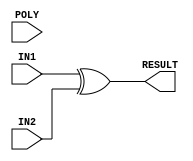
module GF2k
#( parameter DEG = 2 , parameter OP = 0)
(
input  [DEG:0]   POLY,
input  [DEG-1:0] IN1,
input  [DEG-1:0] IN2,
output [DEG-1:0] RESULT
);

    generate
        if(OP==0 || OP==1)begin
            assign RESULT=IN1^IN2;
        end
        else if(OP==2)begin
            GF2k_mult #(DEG) M1(.POLY(POLY),.IN1(IN1),.IN2(IN2),.RESULT(RESULT));
        end
        else if(OP==3)begin
            GF2k_div #(DEG) D1(.POLY(POLY),.IN1(IN1),.IN2(IN2),.RESULT(RESULT));
        end
        
    endgenerate

endmodule





//----------Multiplier Modules------------
module GF2k_mult
#( parameter DEG = 2)
(
input  [DEG:0]   POLY,
input  [DEG-1:0] IN1,
input  [DEG-1:0] IN2,
output [DEG-1:0] RESULT
);



    genvar i;
    generate
        if(DEG==2)begin
            wire [2:0]temp_1;
            wire [2:0]temp_2;
            wire [2:0]temp_3;

            assign temp_1 = (IN2[0]==1) ? {1'b0,IN1} : 0;
            assign temp_2 = (IN2[1]==1) ? {IN1,1'b0} : 0;
            assign temp_3 = temp_1 ^ temp_2 ;

            assign RESULT = (temp_3[2]==1) ? (temp_3[1:0] ^ POLY[1:0]) : temp_3[1:0];
        end
        else begin
            GF2k_mult_small #(DEG) small_mult ( .POLY(POLY), .IN1(IN1), .IN2(IN2), .RESULT(RESULT) );
        end

    endgenerate

endmodule

module GF2k_mult_small
#( parameter DEG = 2)
(
input  [DEG:0]   POLY,
input  [DEG-1:0] IN1,
input  [DEG-1:0] IN2,
output [DEG-1:0] RESULT
);
genvar i;
    generate
        wire [2*DEG-2:0] temp_3;//to store the result of galois multipition.
        for(i=0;i<DEG;i=i+1)begin:loop_A
            
            wire [DEG-1+i:0]temp_1;//to store IN1<<i
            wire [DEG-1+i:0]temp_2;//to store the temparary galois sum during the computation of galois multipition. 
            if(i==0) begin
                assign temp_2 = (IN2[i]==1) ? IN1 : 0 ;
            end
            else begin
                assign temp_1=(IN1<<i);
                assign temp_2 = (IN2[i]==1) ? {1'b0,loop_A[i-1].temp_2}^temp_1 : {1'b0,loop_A[i-1].temp_2} ;
                
                if(i==DEG-1)begin
                    assign temp_3=temp_2;
                end
            end
        end
        for(i=0;i<DEG-1;i=i+1)begin:loop_B
            wire [2*DEG-3-i:0] temp_4;
            wire [2*DEG-3-i:0] temp_5;
            if(i==0)begin
                assign temp_4 = POLY[DEG-1:0] << (DEG-2) ;//size:2D-2
                assign temp_5 = ( temp_3[2*DEG-2]==1) ? temp_4^temp_3[2*DEG-3:0] : temp_3[2*DEG-3:0];
            end
            else begin
                assign temp_4 = loop_B[i-1].temp_4 >> 1 ;//size:2D-2
                assign temp_5 = ( loop_B[i-1].temp_5[2*DEG-2-i] == 1 ) ? temp_4^loop_B[i-1].temp_5[2*DEG-3-i:0] : loop_B[i-1].temp_5[2*DEG-3-i:0];
                if(i==DEG-2) assign RESULT = temp_5;
            end
        end

    endgenerate

endmodule
//======================================================



//----------Divider Modules------------
module GF2k_div
#( parameter DEG = 2)
(
input  [DEG:0]   POLY,
input  [DEG-1:0] IN1,
input  [DEG-1:0] IN2,
output [DEG-1:0] RESULT
);

wire  [DEG-1:0] DR;
wire  [DEG-1:0] rr;

    generate
        assign RESULT = (IN2==1) ? IN1 : rr ;
        
        GF2k_inv #(DEG) inv(.POLY(POLY),.IN(IN2),.RESULT(DR));
        GF2k_mult #(DEG) mul(.POLY(POLY),.IN1(IN1),.IN2(DR),.RESULT(rr));
        
    endgenerate

endmodule


module GF2k_inv
#(parameter DEG = 2)
(
input  [DEG:0]   POLY,
input  [DEG-1:0] IN,
output [DEG-1:0] RESULT
);

    genvar i;
    generate
        if(DEG==2)begin
            //wire [DEG-1:0]Q1;
            wire [DEG-1:0]R1;
            wire [DEG-1:0]MQ1;
            wire [DEG-1:0]mql_1;
            GF2k_inv_first #(DEG) D1 ( .DN(POLY) , .DR(IN) , .R(R1) , .MQ_out(MQ1) , .mql_out(mql_1) );
            assign RESULT = MQ1;
        end
        if(DEG==3)begin
            //wire [DEG-1:0]Q1;
            wire [DEG-1:0]R1;
            wire [DEG-1:0]MQ1;
            wire [DEG-1:0]mql_1;

            //wire [DEG-1:0]Q2;
            wire [DEG-1:0]R2;
            wire [DEG-1:0]MQ2;
            wire [DEG-1:0]mql_2;
            
            GF2k_inv_first #(DEG) D1 ( .DN(POLY) , .DR(IN) , .R(R1) , .MQ_out(MQ1) , .mql_out(mql_1) );
            GF2k_inv_small #(DEG) D2 ( .mql_in(MQ1) , .mqh_in(mql_1) , .DN(IN) , .DR(R1), .R(R2) , .MQ_out(MQ2) , .mql_out(mql_2) );
            
            assign RESULT = ( R1==1 ) ? MQ1 : MQ2 ;
        end
        else if(DEG==4)begin
            //wire [DEG-1:0]Q1;
            wire [DEG-1:0]R1;
            wire [DEG-1:0]MQ1;
            wire [DEG-1:0]mql_1;

            //wire [DEG-1:0]Q2;
            wire [DEG-1:0]R2;
            wire [DEG-1:0]MQ2;
            wire [DEG-1:0]mql_2;

            //wire [DEG-1:0]Q3;
            wire [DEG-1:0]R3;
            wire [DEG-1:0]MQ3;
            wire [DEG-1:0]mql_3;
            
            GF2k_inv_first #(DEG) D1 ( .DN(POLY) , .DR(IN) , .R(R1) , .MQ_out(MQ1) , .mql_out(mql_1) );
            GF2k_inv_small #(DEG) D2 ( .mql_in(MQ1) , .mqh_in(mql_1) , .DN(IN) , .DR(R1), .R(R2) , .MQ_out(MQ2) , .mql_out(mql_2) );
            GF2k_inv_small #(DEG) D3 ( .mql_in(MQ2) , .mqh_in(mql_2) , .DN(R1) , .DR(R2), .R(R3) , .MQ_out(MQ3) , .mql_out(mql_3) );

            assign RESULT = ( R1==1 ) ? MQ1 : (( R2==1 ) ? MQ2 : MQ3 );
        end
        else if(DEG==5)begin
            //wire [DEG-1:0]Q1;
            wire [DEG-1:0]R1;
            wire [DEG-1:0]MQ1;
            wire [DEG-1:0]mql_1;

            //wire [DEG-1:0]Q2;
            wire [DEG-1:0]R2;
            wire [DEG-1:0]MQ2;
            wire [DEG-1:0]mql_2;

            //wire [DEG-1:0]Q3;
            wire [DEG-1:0]R3;
            wire [DEG-1:0]MQ3;
            wire [DEG-1:0]mql_3;

            //wire [DEG-1:0]Q4;
            wire [DEG-1:0]R4;
            wire [DEG-1:0]MQ4;
            wire [DEG-1:0]mql_4;
            
            GF2k_inv_first #(DEG) D1 ( .DN(POLY) , .DR(IN) , .R(R1) , .MQ_out(MQ1) , .mql_out(mql_1) );
            GF2k_inv_small #(DEG) D2 ( .mql_in(MQ1) , .mqh_in(mql_1) , .DN(IN) , .DR(R1), .R(R2) , .MQ_out(MQ2) , .mql_out(mql_2) );
            GF2k_inv_small #(DEG) D3 ( .mql_in(MQ2) , .mqh_in(mql_2) , .DN(R1) , .DR(R2), .R(R3) , .MQ_out(MQ3) , .mql_out(mql_3) );
            GF2k_inv_small #(DEG) D4 ( .mql_in(MQ3) , .mqh_in(mql_3) , .DN(R2) , .DR(R3), .R(R4) , .MQ_out(MQ4) , .mql_out(mql_4) );

            assign RESULT = ( R1==1 ) ? MQ1 : (( R2==1 ) ? MQ2 : (( R3==1 ) ? MQ3 : MQ4) );
        end
        else if(DEG==6)begin
            //wire [DEG-1:0]Q1;
            wire [DEG-1:0]R1;
            wire [DEG-1:0]MQ1;
            wire [DEG-1:0]mql_1;

            //wire [DEG-1:0]Q2;
            wire [DEG-1:0]R2;
            wire [DEG-1:0]MQ2;
            wire [DEG-1:0]mql_2;

            //wire [DEG-1:0]Q3;
            wire [DEG-1:0]R3;
            wire [DEG-1:0]MQ3;
            wire [DEG-1:0]mql_3;

            //wire [DEG-1:0]Q4;
            wire [DEG-1:0]R4;
            wire [DEG-1:0]MQ4;
            wire [DEG-1:0]mql_4;

            //wire [DEG-1:0]Q5;
            wire [DEG-1:0]R5;
            wire [DEG-1:0]MQ5;
            wire [DEG-1:0]mql_5;
            
            GF2k_inv_first #(DEG) D1 ( .DN(POLY) , .DR(IN) , .R(R1) , .MQ_out(MQ1) , .mql_out(mql_1) );
            GF2k_inv_small #(DEG) D2 ( .mql_in(MQ1) , .mqh_in(mql_1) , .DN(IN) , .DR(R1), .R(R2) , .MQ_out(MQ2) , .mql_out(mql_2) );
            GF2k_inv_small #(DEG) D3 ( .mql_in(MQ2) , .mqh_in(mql_2) , .DN(R1) , .DR(R2), .R(R3) , .MQ_out(MQ3) , .mql_out(mql_3) );
            GF2k_inv_small #(DEG) D4 ( .mql_in(MQ3) , .mqh_in(mql_3) , .DN(R2) , .DR(R3), .R(R4) , .MQ_out(MQ4) , .mql_out(mql_4) );
            GF2k_inv_small #(DEG) D5 ( .mql_in(MQ4) , .mqh_in(mql_4) , .DN(R3) , .DR(R4), .R(R5) , .MQ_out(MQ5) , .mql_out(mql_5) );

            assign RESULT = ( R1==1 ) ? MQ1 : (( R2==1 ) ? MQ2 : (( R3==1 ) ? MQ3 : (( R4==1 ) ? MQ4 : MQ5)) );
        end
        else if(DEG==7)begin
            //wire [DEG-1:0]Q1;
            wire [DEG-1:0]R1;
            wire [DEG-1:0]MQ1;
            wire [DEG-1:0]mql_1;

            //wire [DEG-1:0]Q2;
            wire [DEG-1:0]R2;
            wire [DEG-1:0]MQ2;
            wire [DEG-1:0]mql_2;

            //wire [DEG-1:0]Q3;
            wire [DEG-1:0]R3;
            wire [DEG-1:0]MQ3;
            wire [DEG-1:0]mql_3;

            //wire [DEG-1:0]Q4;
            wire [DEG-1:0]R4;
            wire [DEG-1:0]MQ4;
            wire [DEG-1:0]mql_4;

            //wire [DEG-1:0]Q5;
            wire [DEG-1:0]R5;
            wire [DEG-1:0]MQ5;
            wire [DEG-1:0]mql_5;

            //wire [DEG-1:0]Q6;
            wire [DEG-1:0]R6;
            wire [DEG-1:0]MQ6;
            wire [DEG-1:0]mql_6;
            
            GF2k_inv_first #(DEG) D1 ( .DN(POLY) , .DR(IN) , .R(R1) , .MQ_out(MQ1) , .mql_out(mql_1) );
            GF2k_inv_small #(DEG) D2 ( .mql_in(MQ1) , .mqh_in(mql_1) , .DN(IN) , .DR(R1), .R(R2) , .MQ_out(MQ2) , .mql_out(mql_2) );
            GF2k_inv_small #(DEG) D3 ( .mql_in(MQ2) , .mqh_in(mql_2) , .DN(R1) , .DR(R2), .R(R3) , .MQ_out(MQ3) , .mql_out(mql_3) );
            GF2k_inv_small #(DEG) D4 ( .mql_in(MQ3) , .mqh_in(mql_3) , .DN(R2) , .DR(R3), .R(R4) , .MQ_out(MQ4) , .mql_out(mql_4) );
            GF2k_inv_small #(DEG) D5 ( .mql_in(MQ4) , .mqh_in(mql_4) , .DN(R3) , .DR(R4), .R(R5) , .MQ_out(MQ5) , .mql_out(mql_5) );
            GF2k_inv_small #(DEG) D6 ( .mql_in(MQ5) , .mqh_in(mql_5) , .DN(R4) , .DR(R5), .R(R6) , .MQ_out(MQ6) , .mql_out(mql_6) );

            assign RESULT = ( R1==1 ) ? MQ1 : (( R2==1 ) ? MQ2 : (( R3==1 ) ? MQ3 : (( R4==1 ) ? MQ4 : (( R5==1 ) ? MQ5 : MQ6))) );
        end
        else if(DEG==8)begin
            //wire [DEG-1:0]Q1;
            wire [DEG-1:0]R1;
            wire [DEG-1:0]MQ1;
            wire [DEG-1:0]mql_1;

            //wire [DEG-1:0]Q2;
            wire [DEG-1:0]R2;
            wire [DEG-1:0]MQ2;
            wire [DEG-1:0]mql_2;

            //wire [DEG-1:0]Q3;
            wire [DEG-1:0]R3;
            wire [DEG-1:0]MQ3;
            wire [DEG-1:0]mql_3;

            //wire [DEG-1:0]Q4;
            wire [DEG-1:0]R4;
            wire [DEG-1:0]MQ4;
            wire [DEG-1:0]mql_4;

            //wire [DEG-1:0]Q5;
            wire [DEG-1:0]R5;
            wire [DEG-1:0]MQ5;
            wire [DEG-1:0]mql_5;

            //wire [DEG-1:0]Q6;
            wire [DEG-1:0]R6;
            wire [DEG-1:0]MQ6;
            wire [DEG-1:0]mql_6;

            //wire [DEG-1:0]Q7;
            wire [DEG-1:0]R7;
            wire [DEG-1:0]MQ7;
            wire [DEG-1:0]mql_7;
            
            GF2k_inv_first #(DEG) D1 ( .DN(POLY) , .DR(IN) , .R(R1) , .MQ_out(MQ1) , .mql_out(mql_1) );
            GF2k_inv_small #(DEG) D2 ( .mql_in(MQ1) , .mqh_in(mql_1) , .DN(IN) , .DR(R1), .R(R2) , .MQ_out(MQ2) , .mql_out(mql_2) );
            GF2k_inv_small #(DEG) D3 ( .mql_in(MQ2) , .mqh_in(mql_2) , .DN(R1) , .DR(R2), .R(R3) , .MQ_out(MQ3) , .mql_out(mql_3) );
            GF2k_inv_small #(DEG) D4 ( .mql_in(MQ3) , .mqh_in(mql_3) , .DN(R2) , .DR(R3), .R(R4) , .MQ_out(MQ4) , .mql_out(mql_4) );
            GF2k_inv_small #(DEG) D5 ( .mql_in(MQ4) , .mqh_in(mql_4) , .DN(R3) , .DR(R4), .R(R5) , .MQ_out(MQ5) , .mql_out(mql_5) );
            GF2k_inv_small #(DEG) D6 ( .mql_in(MQ5) , .mqh_in(mql_5) , .DN(R4) , .DR(R5), .R(R6) , .MQ_out(MQ6) , .mql_out(mql_6) );
            GF2k_inv_small #(DEG) D7 ( .mql_in(MQ6) , .mqh_in(mql_6) , .DN(R5) , .DR(R6), .R(R7) , .MQ_out(MQ7) , .mql_out(mql_7) );

            assign RESULT = ( R1==1 ) ? MQ1 : (( R2==1 ) ? MQ2 : (( R3==1 ) ? MQ3 : (( R4==1 ) ? MQ4 : (( R5==1 ) ? MQ5 : (( R6==1 ) ? MQ6 : MQ7)))) );
        end
    endgenerate

endmodule



module GF2k_inv_first
#(parameter DEG = 2)
(
input  [DEG:0]   DN,
input  [DEG-1:0] DR,
//output [DEG-1:0] Q,
output [DEG-1:0] R,
output [DEG-1:0] MQ_out,
output [DEG-1:0] mql_out
);

    genvar i;
    generate
        for(i=0;i<DEG+1;i=i+1)begin:loop_A
            wire [2*DEG-1-i:0] a ;
            wire [2*DEG-1-i:0] b ;
            wire [DEG-1:0] mqh_temp;
            wire [DEG-1:0] MQ_temp;

            if(i==0) begin
                //assign a//DN
                assign a [2*DEG-1-i:DEG+1] = 0 ;
                assign a [DEG:0] = DN ;
                //assign b//DR
                assign b [2*DEG-1:DEG] = DR;
                assign b [DEG-1:0] = 0 ;

                //assign Q_a//
                //subtract
                
                assign mqh_temp = 0;
                assign MQ_temp = 0;
            end
            else begin
                //assign b//
                assign b = loop_A[i-1].b >> 1 ;
                //assign a//
                //subtract
                assign a = ((loop_A[i-1].a ^ loop_A[i-1].b) < loop_A[i-1].a) ? loop_A[i-1].a ^ loop_A[i-1].b : loop_A[i-1].a ;
                /* if(i!=DEG)begin
                    assign Q[DEG-i] = ((a ^ b)<a) ? 1 : 0 ;
                end */
                
                assign mqh_temp = ((a ^ b)<a) ? loop_A[i-1].MQ_temp : loop_A[i-1].mqh_temp ;
                assign MQ_temp = ((a ^ b)<a) ? ( mqh_temp ^ (1 << (DEG-i)) ) : loop_A[i-1].MQ_temp ;

                if(i==DEG)begin
                    assign R = ((a ^ b)<a) ? (a ^ b) : a ;
                    assign MQ_out = MQ_temp ;
                    assign mql_out = 1 ;
                end
            end
        end
    endgenerate

endmodule

module GF2k_inv_small
#(parameter DEG = 2)
(
input  [DEG-1:0] mql_in,
input  [DEG-1:0] mqh_in,
input  [DEG-1:0] DN,
input  [DEG-1:0] DR,
//output [DEG-1:0] Q,
output [DEG-1:0] R,
output [DEG-1:0] MQ_out,
output [DEG-1:0] mql_out
);

    genvar i;
    generate
        
        for(i=0;i<DEG;i=i+1)begin:loop_B
            wire [2*DEG-2-i:0] c ;
            wire [2*DEG-2-i:0] d ;
            wire [DEG-1:0] mqh_temp;
            wire [DEG-1:0] MQ_temp;

            
            if(i==0) begin
                //assign c//DN
                assign c [2*DEG-2:DEG] = 0 ;
                assign c [DEG-1:0] = DN ;
                //assign d//DR
                assign d [2*DEG-2:DEG-1] = DR [DEG-1:0] ;
                assign d [DEG-2:0] = 0 ;
                //assign Q_a//
                //subtract
                //assign Q[DEG-1] = ((c ^ d)<c) ? 1 : 0 ;

                assign mqh_temp=mqh_in;
                assign MQ_temp =mqh_in;
                
            end
            else begin
                //assign d//
                assign d = loop_B[i-1].d >> 1 ;
                //assign c//
                assign c = ((loop_B[i-1].c ^ loop_B[i-1].d) < loop_B[i-1].c) ? loop_B[i-1].c ^ loop_B[i-1].d : loop_B[i-1].c ;
                //subtract
                //assign Q[DEG-1-i] = ((c ^ d)<c) ? 1 : 0 ;
                

                assign mqh_temp = ((c ^ d)<c) ? loop_B[i-1].MQ_temp : loop_B[i-1].mqh_temp ;
                assign MQ_temp = ((c ^ d)<c) ? ( mqh_temp ^ (mql_in << (DEG-1-i)) ) : loop_B[i-1].MQ_temp ;

                if(i==DEG-1)begin
                    assign R = ((c ^ d)<c) ? (c ^ d) : c ;
                    assign MQ_out = MQ_temp ;
                    assign mql_out = mql_in ;
                end
            end
        end
    endgenerate

endmodule
//=======================================================